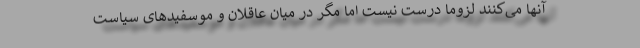
آنها می‌کنند لزوماً درست نیست اما مگر در میان عاقلان و موسفیدهای سیاست